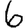
Digit: 6